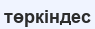
төркіндес